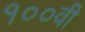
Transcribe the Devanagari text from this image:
१००वी